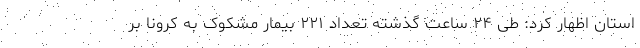
استان اظهار کرد: طی ۲۴ ساعت گذشته تعداد ۲۲۱ بیمار مشکوک به کرونا بر